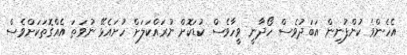
އެހެންވެ ކުންފުނިން އަބަދުވެސް ހޯދާނީ ވީހާވެސް ކުޑަކޮށް ނުރައްކަލަށް ހުށައެޅޭ ނުވަތަ އެއްގޮތަކަށްވެސް